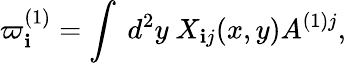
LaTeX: \varpi_{\mathbf{i}}^{(1)}=\int\ d^{2}y\ X_{\mathbf{i}j}(x,y)A^{(1)j},